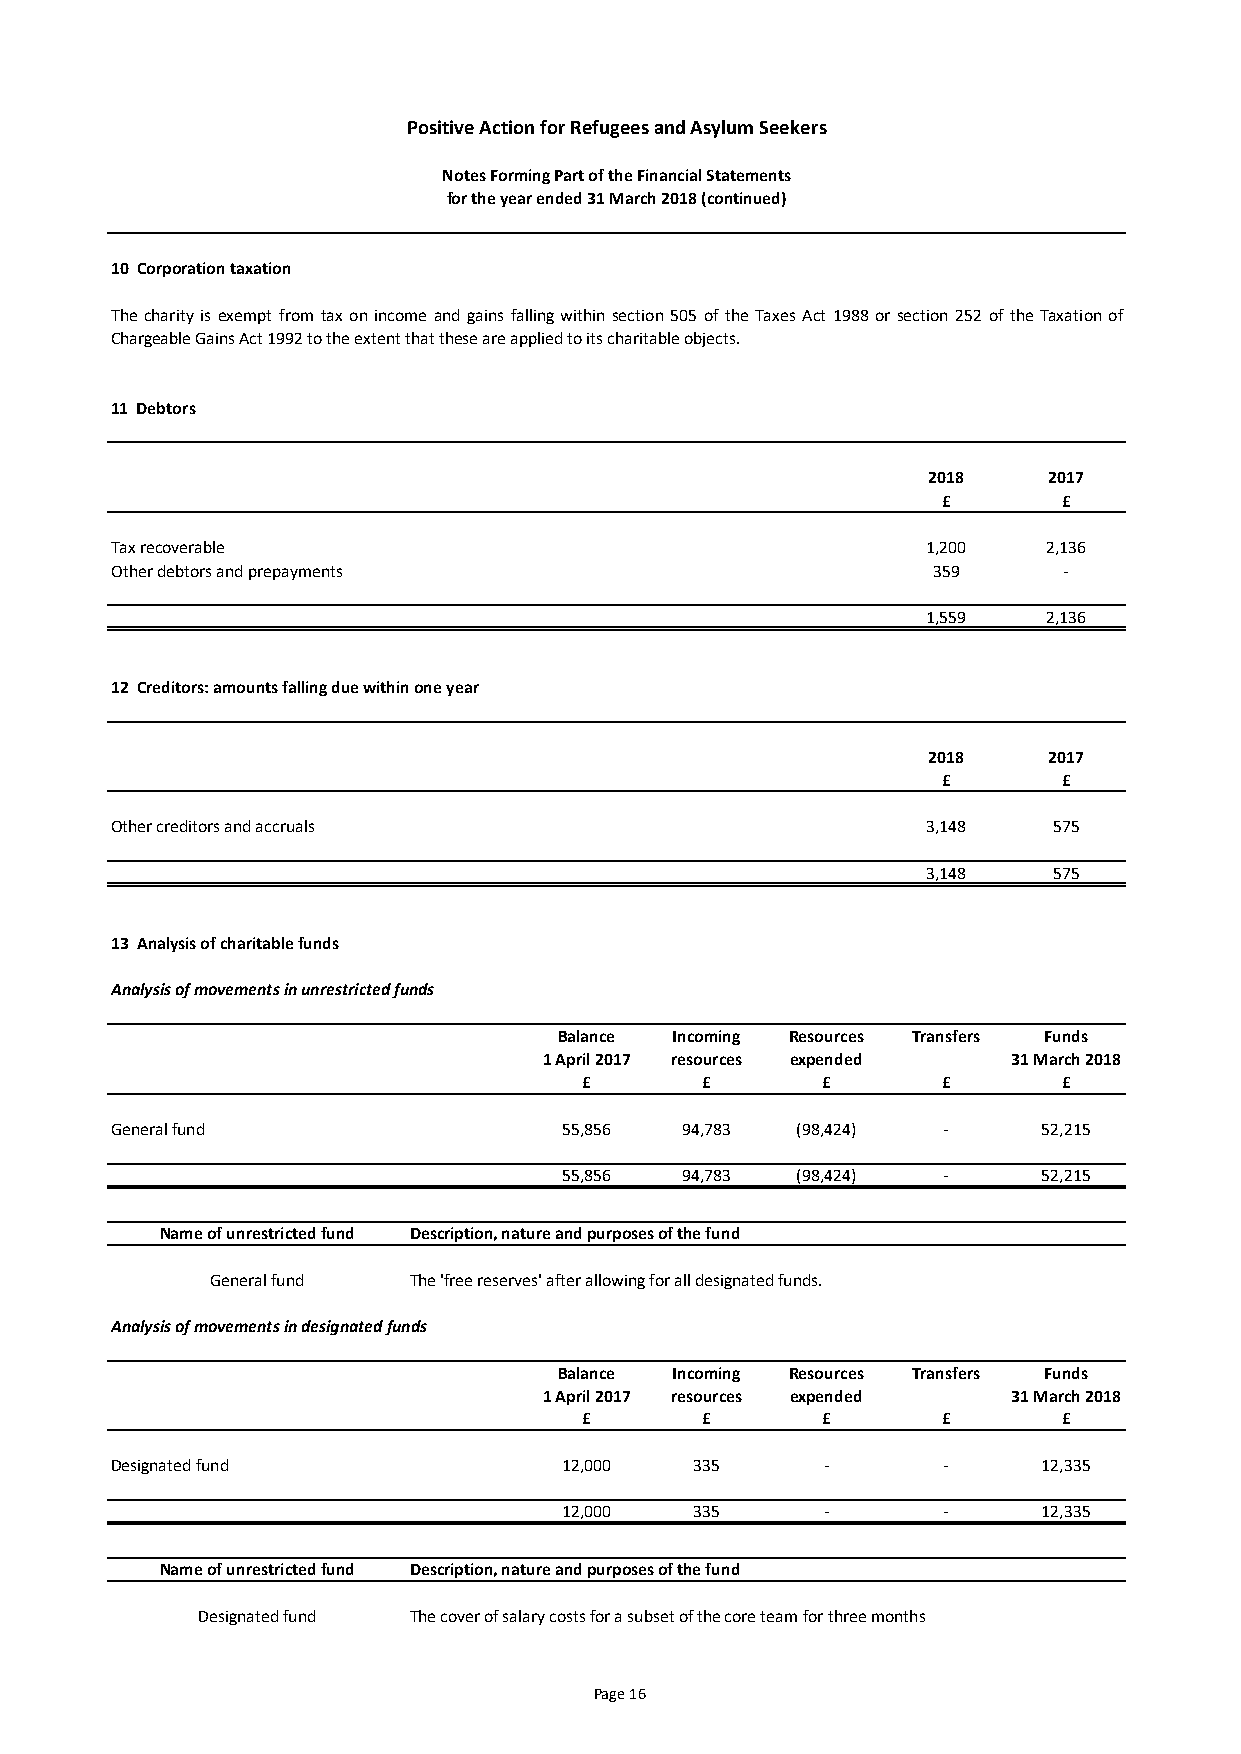
Positive Action for Refugees and Asylum Seekers
 Notes Forming Part of the Financial Statements
 for the year ended 31 March 2018 (continued)
 10 Corporation taxation
 The charity is exempt from tax onincome andgains fallingwithin section505 of the Taxes Act 1988 or section252 of the Taxation of
 Chargeable Gains Act 1992 to the extent that these are applied to its charitable objects.
 11 Debtors
 2018    2017
 £       £
 Tax recoverable                                       1,200   2,136
 Other debtors and prepayments                          359     -
 1,559   2,136
 12 Creditors: amounts falling due within one year
 2018    2017
 £       £
 Other creditors and accruals                          3,148    575
 3,148    575
 13 Analysis of charitable funds
 Analysis of movements in unrestricted funds
 Balance Incoming Resources Transfers Funds
 1 April 2017 resources expended 31 March 2018
 £      £       £       £       £
 General fund                  55,856  94,783  (98,424) -      52,215
 55,856  94,783  (98,424) -      52,215
 Name of unrestricted fund Description, nature and purposes of the fund
 General fund The 'free reserves' after allowing for all designated funds.
 Analysis of movements in designated funds
 Balance Incoming Resources Transfers Funds
 1 April 2017 resources expended 31 March 2018
 £      £       £       £       £
 Designated fund               12,000   335     -       -      12,335
 12,000   335     -       -      12,335
 Name of unrestricted fund Description, nature and purposes of the fund
 Designated fund The cover of salary costs for a subset of the core team for three months
 Page 16